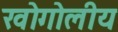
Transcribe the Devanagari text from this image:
खोगोलीय